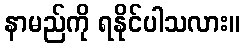
နာမည်ကို ရနိုင်ပါသလား။